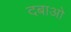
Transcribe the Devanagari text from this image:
दबाओ